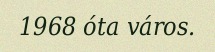
1968 óta város.